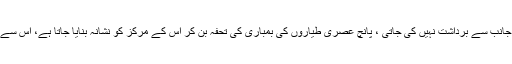
مگر اب امارت اسلامیہ کا ایک مقامی نسبتا کمزور ذریعہ ابلاغ (ریڈیو صدائے شریعت) بھی دشمن کی جانب سے برداشت نہیں کی جاتی ، پانچ عصری طیاروں کی بمباری کی تحفہ بن کر اس کے مرکز کو نشانہ بنایا جاتا ہے، اس سے واضح ہوا کہ امارت اسلامیہ کا حوصلہ، حلم اور برداشت دشمن کی نسبت کئی گنا زیادہ اور منطقی ہے۔